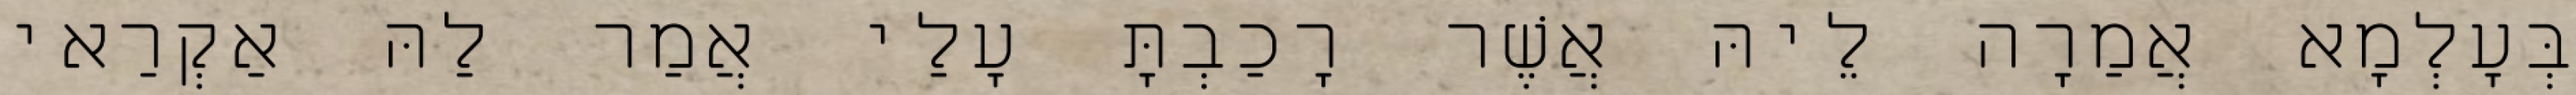
בְּעָלְמָא אֲמַרָה לֵיהּ אֲשֶׁר רָכַבְתָּ עָלַי אֲמַר לַהּ אַקְרַאי